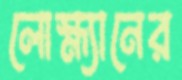
লোহ্ম্যানের